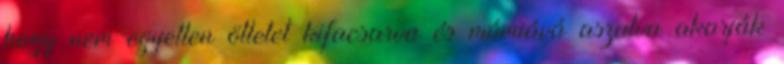
hogy nem egyetlen ötletet kifacsarva és múmiává aszalva akarják